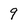
Character: 9